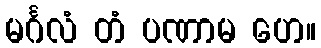
မင်္ဂလံ တံ ပဏာမ ဟေ။